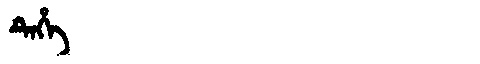
Manchu: ᡨᡝᡥᡝ
Romanization: TEHE